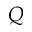
\boldsymbol { Q }